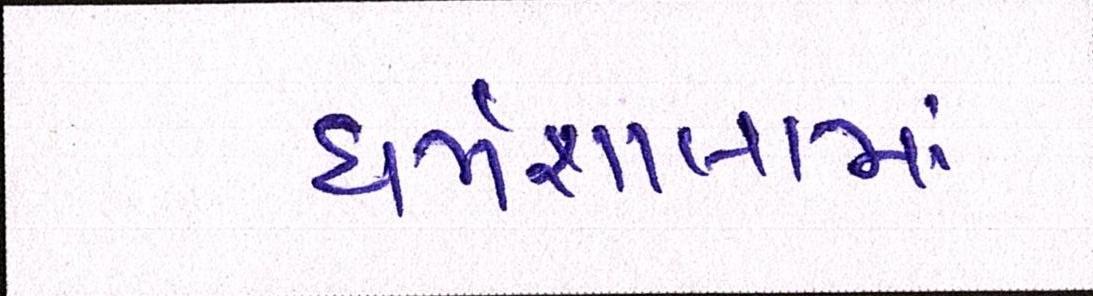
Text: ધર્મશાલામાં